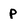
Character: p